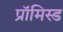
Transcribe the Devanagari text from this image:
प्रॉमिस्ड